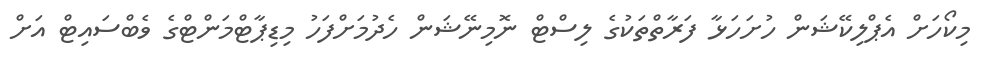
މިކޯހަށް އެޕްލިކޭޝަން ހުށަހަޅާ ފަރާތްތަކުގެ ލިސްޓް ނޮމިނޭޝަން ހެދުމަށްފަހު މިޑިޕާޓްމަންޓްގެ ވެބްސައިޓް އަށް